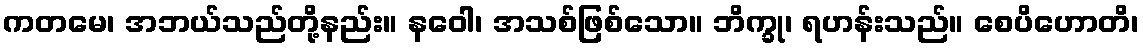
ကတမေ၊ အဘယ်သည်တို့နည်း။ နဝေါ၊ အသစ်ဖြစ်သော။ ဘိက္ခု၊ ရဟန်းသည်။ စေပိဟောတိ၊